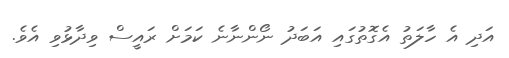
އަދި އެ ހާލަތު އެގޮތުގައި އަބަދު ނޯންނާނެ ކަމަށް ރައީސް ވިދާޅުވި އެވެ.